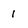
Character: 1